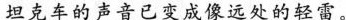
坦克车的声音已变成像远处的轻雷。